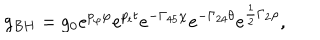
LaTeX: \displaystyle { g _ { B H } = g _ { 0 } e ^ { p _ { \varphi } \varphi } e ^ { p _ { t } t } e ^ { - \Gamma _ { 4 5 } \chi } e ^ { - \Gamma _ { 2 4 } \theta } e ^ { \frac { 1 } { 2 } \Gamma _ { 2 } \rho } } ,